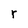
Character: r